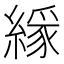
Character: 𦄘